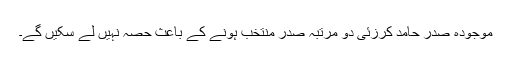
موجودہ صدر حامد کرزئی دو مرتبہ صدر منتخب ہونے کے باعث حصہ نہیں لے سکیں گے۔